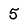
Character: 5